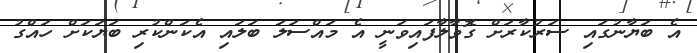
އެ ބަޔާނުގައި ސަރުކާރަށް ގޮވާލާފައިވަނީ އެ މައްސަލަ ބަލައި އެކަންކުރި ބަޔަކަށް ހައްގު